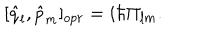
[ { \hat { q } } _ { l } , { \hat { p } } _ { m } ] _ { o p r } = i \hbar \Pi _ { l m } .